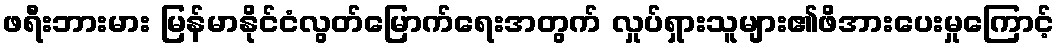
ဖရီးဘားမား မြန်မာနိုင်ငံလွတ်မြောက်ရေးအတွက် လှုပ်ရှားသူများ၏ဖိအားပေးမှုကြောင့်